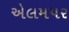
એલમપર